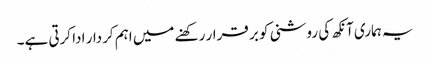
یہ ہماری آنکھ کی روشنی کو بر قرار رکھنے میں اہم کردار ادا کرتی ہے۔